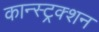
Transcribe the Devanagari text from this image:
कान्स्ट्रक्शन